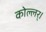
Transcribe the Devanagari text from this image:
कोल्लर्।